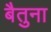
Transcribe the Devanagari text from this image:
बैतुना